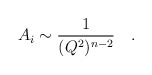
\begin{align*}A_i\sim\frac{1}{(Q^2)^{n-2}}\quad.\end{align*}